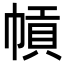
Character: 幊